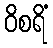
ဝိစရိံ